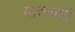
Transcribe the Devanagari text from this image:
भावरुपी